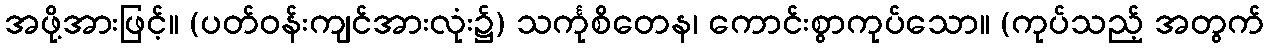
အဖို့အားဖြင့်။ (ပတ်ဝန်းကျင်အားလုံး၌) သင်္ကုစိတေန၊ ကောင်းစွာကုပ်သော။ (ကုပ်သည့် အတွက်